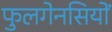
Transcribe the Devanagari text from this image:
फुलगेनसियों